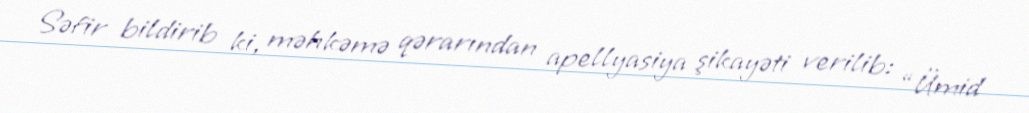
Səfir bildirib ki, məhkəmə qərarından apellyasiya şikayəti verilib: “Ümid